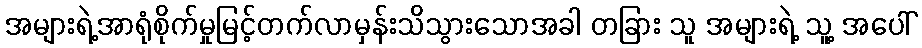
အများရဲ့အာရုံစိုက်မှုမြင့်တက်လာမှန်းသိသွားသောအခါ တခြား သူ အများရဲ့ သူ့ အပေါ်